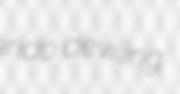
irido deviling